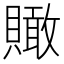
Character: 𧸂